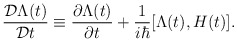
\begin{align*}\frac{{\cal D}\Lambda(t)}{{\cal D} t}\equiv \frac{\partial \Lambda(t)}{\partial t}+\frac{1}{i \hbar}[\Lambda(t),H(t)].\end{align*}